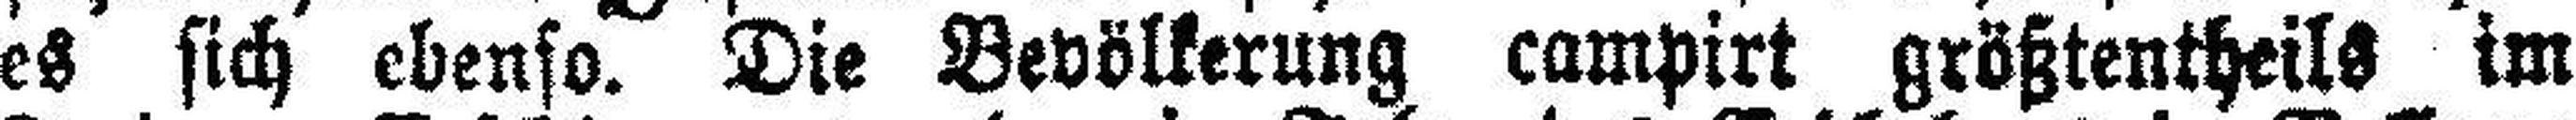
es sich ebenso. Die Bevölkerung campirt größtentheils im